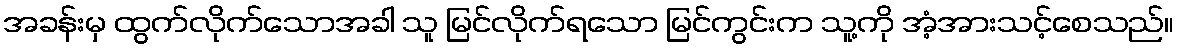
အခန်းမှ ထွက်လိုက်သောအခါ သူ မြင်လိုက်ရသော မြင်ကွင်းက သူ့ကို အံ့အားသင့်စေသည်။